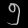
Digit: ၅